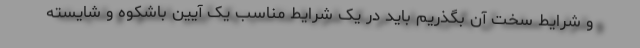
و شرایط سخت آن بگذریم باید در یک شرایط مناسب یک آیین باشکوه و شایسته